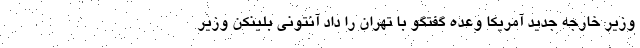
وزیر خارجه جدید آمریکا وعده گفتگو با تهران را داد آنتونی بلینکن وزیر